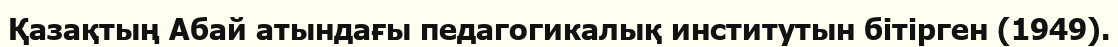
Қазақтың Абай атындағы педагогикалық институтын бітірген (1949).